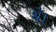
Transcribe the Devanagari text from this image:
थॅ।